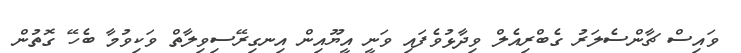
ވައިސް ޗާންސެލަރު ގެބްރިއެލް ވިދާޅުވެފައި ވަނީ އީޔޫއިން އިނގިރޭސިވިލާތް ވަކިވުމާ ބެހޭ ގޮތުން